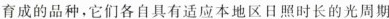
育成的品种，它们各自具有适应本地区日照时长的光周期